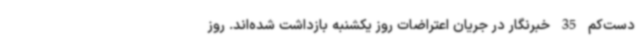
دست‌کم 35 خبرنگار در جریان اعتراضات روز یکشنبه بازداشت شده‌اند. روز